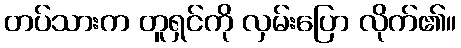
တပ်သားက တူရှင်ကို လှမ်းပြော လိုက်၏။